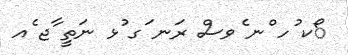
ޯކ ުހ ްނ ެވސް ރަނ ަގ ުޅ ނަތީ ާޖ ެއ